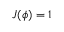
{ \cal J } ( \phi ) = 1